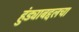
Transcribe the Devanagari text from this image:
हुंड्याबद्दलचा